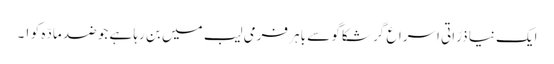
ایک نیا ذرّاتی اسراع گر شکاگو سے باہر فرمی لیب میں بن رہا ہے جو ضد مادّہ کو ١۔